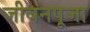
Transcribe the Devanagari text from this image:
जीवनपूजा